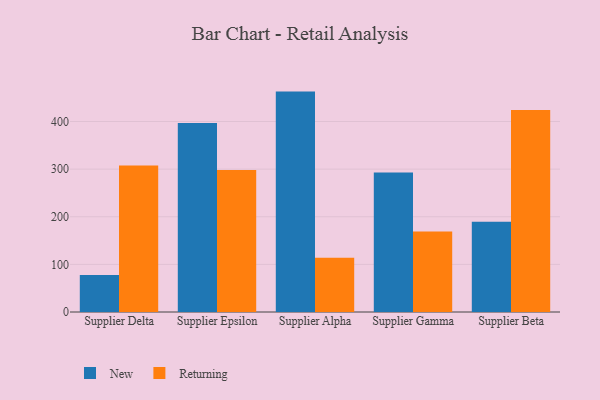
{"axis": {"x": "Supplier", "y": "Humidity (%)"}, "legend": ["New", "Returning"], "data": [{"x": "Supplier Delta", "y": 77.5, "type": "New"}, {"x": "Supplier Delta", "y": 307.8, "type": "Returning"}, {"x": "Supplier Epsilon", "y": 396.7, "type": "New"}, {"x": "Supplier Epsilon", "y": 298.3, "type": "Returning"}, {"x": "Supplier Alpha", "y": 462.8, "type": "New"}, {"x": "Supplier Alpha", "y": 114.1, "type": "Returning"}, {"x": "Supplier Gamma", "y": 293.1, "type": "New"}, {"x": "Supplier Gamma", "y": 169.1, "type": "Returning"}, {"x": "Supplier Beta", "y": 189.6, "type": "New"}, {"x": "Supplier Beta", "y": 424.0, "type": "Returning"}]}